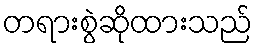
တရားစွဲဆိုထားသည်